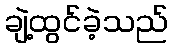
ချဲ့ထွင်ခဲ့သည်